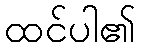
ထင်ပါ၏